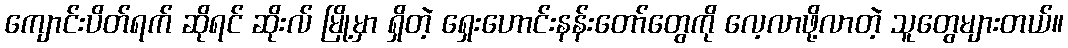
ကျောင်းပိတ်ရက် ဆိုရင် ဆိုးလ် မြို့မှာ ရှိတဲ့ ရှေးဟောင်းနန်းတော်တွေကို လေ့လာဖို့လာတဲ့ သူတွေများတယ်။